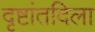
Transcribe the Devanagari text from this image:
दृष्टांतदिला